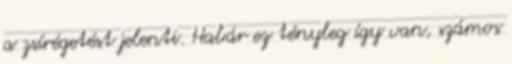
a zsírégetést jelenti. Habár ez tényleg így van, számos